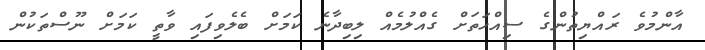
އާންމުވެ ރައްޔިތުންގެ ސިއްހަތަށް ގެއްލުމެއް ލިބިދާނެ ކަމަށް ބެލެވިފައި ވާތީ ކަމަށް ނޫސްތަކުން